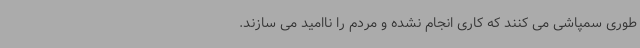
طوری سمپاشی می کنند که کاری انجام نشده و مردم را ناامید می سازند.